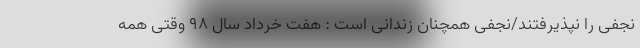
نجفی را نپذیرفتند/نجفی همچنان زندانی است : هفت خرداد سال ۹۸ وقتی همه